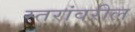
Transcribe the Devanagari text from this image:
स्‍तरांवरील